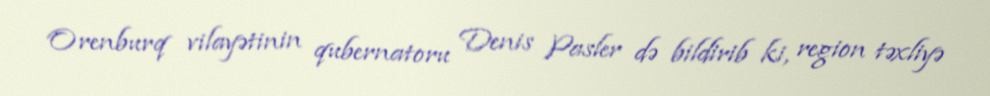
Orenburq vilayətinin qubernatoru Denis Pasler də bildirib ki, region təxliyə